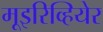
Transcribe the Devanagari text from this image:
मूइरिव्हियेर